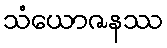
သံယောဇနဿ